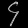
Digit: ၄